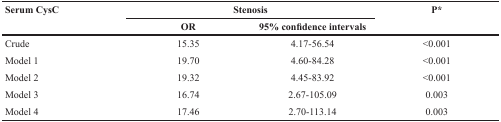
| <ROWSPAN=2> Serum CysC | <COLSPAN=2> Stenosis | <ROWSPAN=2> P* |
 | OR | 95% confidence intervals |
 | --- | --- | --- | --- |
 | Crude | 15.35 | 4.17-56.54 | <0.001 |
 | Model 1 | 19.70 | 4.60-84.28 | <0.001 |
 | Model 2 | 19.32 | 4.45-83.92 | <0.001 |
 | Model 3 | 16.74 | 2.67-105.09 | 0.003 |
 | Model 4 | 17.46 | 2.70-113.14 | 0.003 |